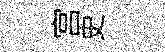
宫史